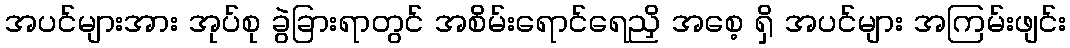
အပင်များအား အုပ်စု ခွဲခြားရာတွင် အစိမ်းရောင်ရေညှိ အစေ့ ရှိ အပင်များ အကြမ်းဖျင်း